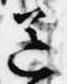
送